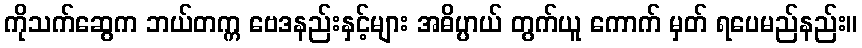
ကိုသက်ဆွေက ဘယ်တက္က ဗေဒနည်းနှင့်များ အဓိပ္ပာယ် တွက်ယူ ကောက် မှတ် ရပေမည်နည်း။